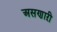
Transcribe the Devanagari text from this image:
असणाऱी